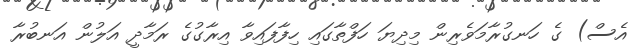
އެސް) ގެ ހަނގުރާމަވެރިން މިދިޔަ ހަފްތާގައި ހިފާފައިވާ އިރާގުގެ ރަމާދީ އަލުން އަނބުރާ